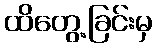
ထိတွေ့ခြင်းမှ